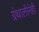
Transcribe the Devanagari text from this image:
ग्रंथालीनेही